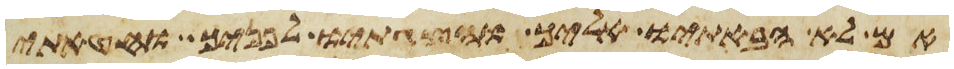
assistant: אם לא הבאתיו אליך והצגתיו לפניך וחטאתי